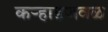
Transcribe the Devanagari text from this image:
कऱ्हाडजवळ